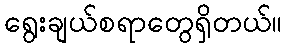
ရွေးချယ်စရာတွေရှိတယ်။